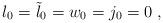
LaTeX: \begin{align*}l_0 = {\tilde l}_0 = w_0 = j_0 =0 \;,\end{align*}